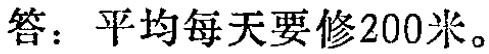
答：平均每天要修200米。